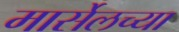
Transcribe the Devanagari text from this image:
मार्सेलच्या